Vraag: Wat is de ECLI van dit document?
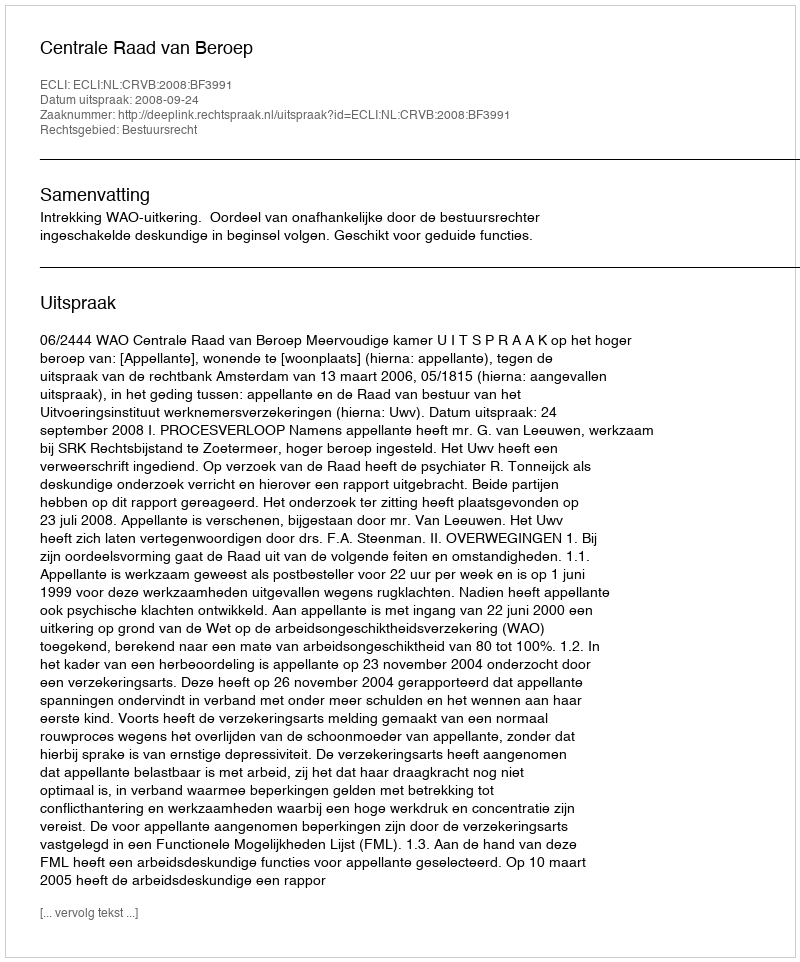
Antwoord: ECLI:NL:CRVB:2008:BF3991